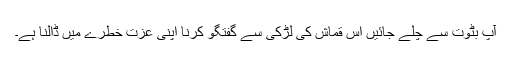
آپ بٹوت سے چلے جائیں اس قماش کی لڑکی سے گفتگو کرنا اپنی عزت خطرے میں ڈالنا ہے۔